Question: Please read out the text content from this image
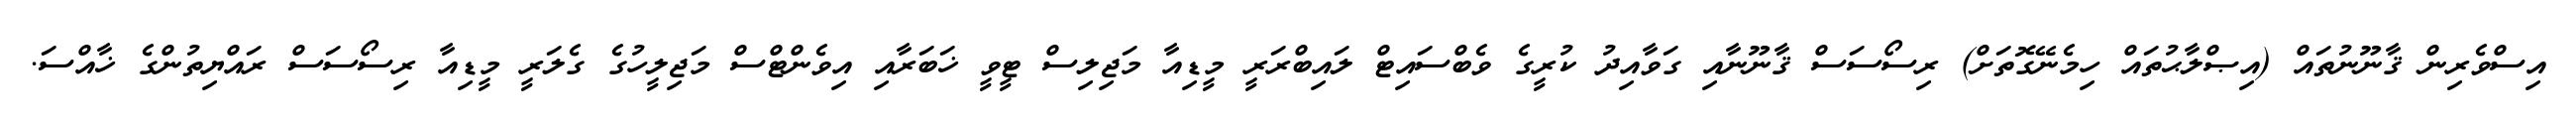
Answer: އިސްވެރިން ޤާނޫނުތައް (އިޞްލާޙުތައް ހިމެނޭގޮތަށް) ރިސޯސަސް ޤާނޫނާއި ގަވާއިދު ކުރީގެ ވެބްސައިޓް ލައިބްރަރީ މީޑިއާ މަޖިލިސް ޓީވީ ޚަބަރާއި އިވެންޓްސް މަޖިލީހުގެ ގެލަރީ މީޑިއާ ރިސޯސަސް ރައްޔިތުންގެ ޚާއްސަ.